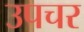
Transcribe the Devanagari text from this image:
उपचर